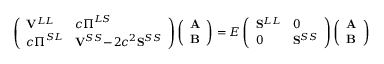
\left( \begin{array} { l l } { \mathbf { V } ^ { L L } } & { c \boldsymbol { \Pi } ^ { L S } } \\ { c \boldsymbol { \Pi } ^ { S L } } & { \mathbf { V } ^ { S S } \! - \! 2 c ^ { 2 } \mathbf { S } ^ { S S } } \end{array} \right) \left( \begin{array} { l } { \mathbf { A } } \\ { \mathbf { B } } \end{array} \right) = E \left( \begin{array} { l l } { \mathbf { S } ^ { L L } } & { 0 } \\ { 0 } & { \mathbf { S } ^ { S S } } \end{array} \right) \left( \begin{array} { l } { \mathbf { A } } \\ { \mathbf { B } } \end{array} \right)